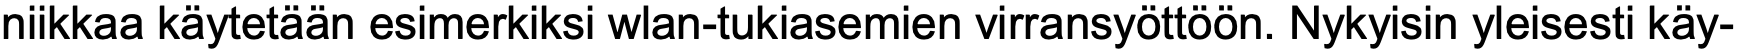
niikkaa käytetään esimerkiksi wlan-tukiasemien virransyöttöön. Nykyisin yleisesti käy-